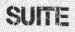
SUITE